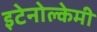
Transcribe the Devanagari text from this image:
इटेनोल्केमी